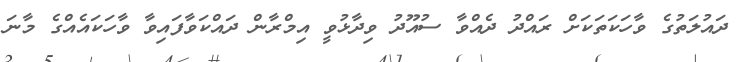
ދައުލަތުގެ ވާހަކަތަކަށް ރައްދު ދެއްވާ ސުއޫދު ވިދާޅުވީ އިމްރާން ދައްކަވާފައިވާ ވާހަކައެއްގެ މާނަ